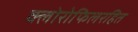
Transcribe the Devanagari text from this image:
क्लोरोफिलरहित